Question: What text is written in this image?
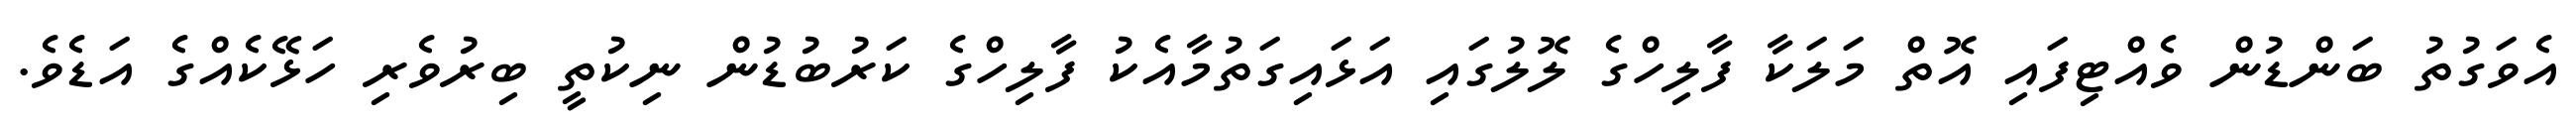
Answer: އެވަގުތު ބަންޑުން ވެއްޓިފައި އޮތް މަލަކާ ފާލިހްގެ ލޮލުގައި އަޅައިގަތުމާއެކު ފާލިހްގެ ކަރުބުޑުން ނިކުތީ ބިރުވެރި ހަޅޭކެއްގެ އަޑެވެ.